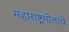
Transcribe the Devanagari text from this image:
महाराष्ट्रगीताचे